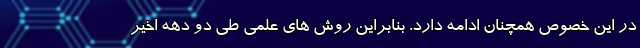
در این خصوص همچنان ادامه دارد. بنابراین روش های علمی طی دو دهه اخیر